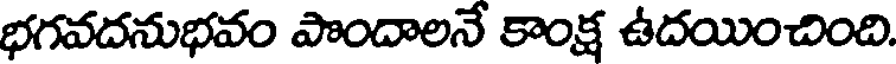
భగవదనుభవం పొందాలనే కాంక్ష ఉదయించింది.